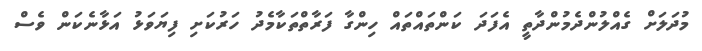
މުދަލަށް ގެއްލުންދެމުންދާތީ އެފަދަ ކަންތައްތައް ހިންގާ ފަރާތްތަކާމެދު ހަރުކަށި ފިޔަވަޅު އަޅާނެކަން ވެސް